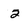
Character: 2